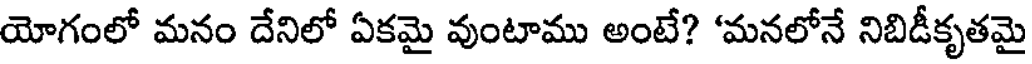
యోగంలో మనం దేనిలో ఏకమై వుంటాము అంటే? 'మనలోనే నిబిడీకృతమై